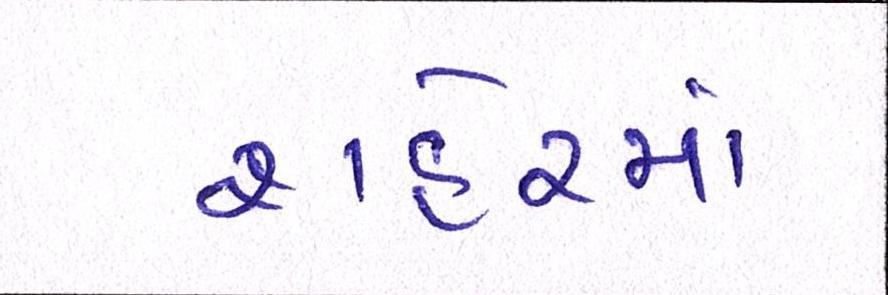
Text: શહેરમાં